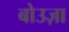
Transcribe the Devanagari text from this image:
बोउज़ा